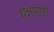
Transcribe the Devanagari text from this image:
धन्नासेठी